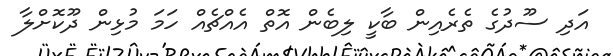
އަދި ސޫދުގެ ތެރެއިން ބާކީ ލިބެން އޮތް އެއްޗެއް ހަމަ މުޅިން ދޫކޮށްލާ